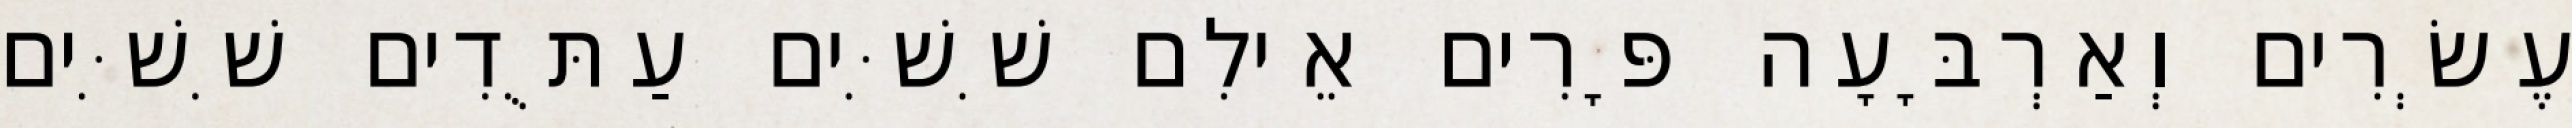
עֶשְׂרִים וְאַרְבָּעָה פָּרִים אֵילִם שִׁשִּׁים עַתֻּדִים שִׁשִּׁים